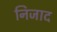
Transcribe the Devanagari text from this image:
निजाद